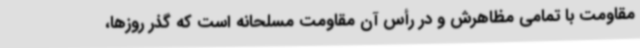
مقاومت با تمامی مظاهرش و در رأس آن مقاومت مسلحانه است که گذر روزها،